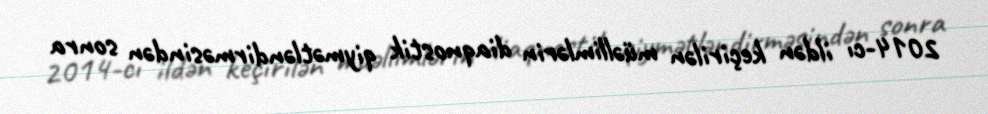
2014-cı ildən keçirilən müəllimlərin diaqnostik qiymətləndirməsindən sonra